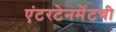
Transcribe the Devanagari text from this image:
एंटरटेनमेंटची